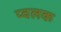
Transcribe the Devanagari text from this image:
प्वलक